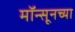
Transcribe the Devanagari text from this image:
मॉन्सूनच्या